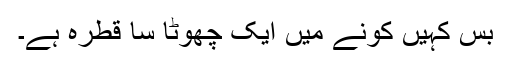
بس کہیں کونے میں ایک چھوٹا سا قطرہ ہے۔